65_HS1-834228961_62-HQ-83894_Serial_438
Agency: FBI
Page 40
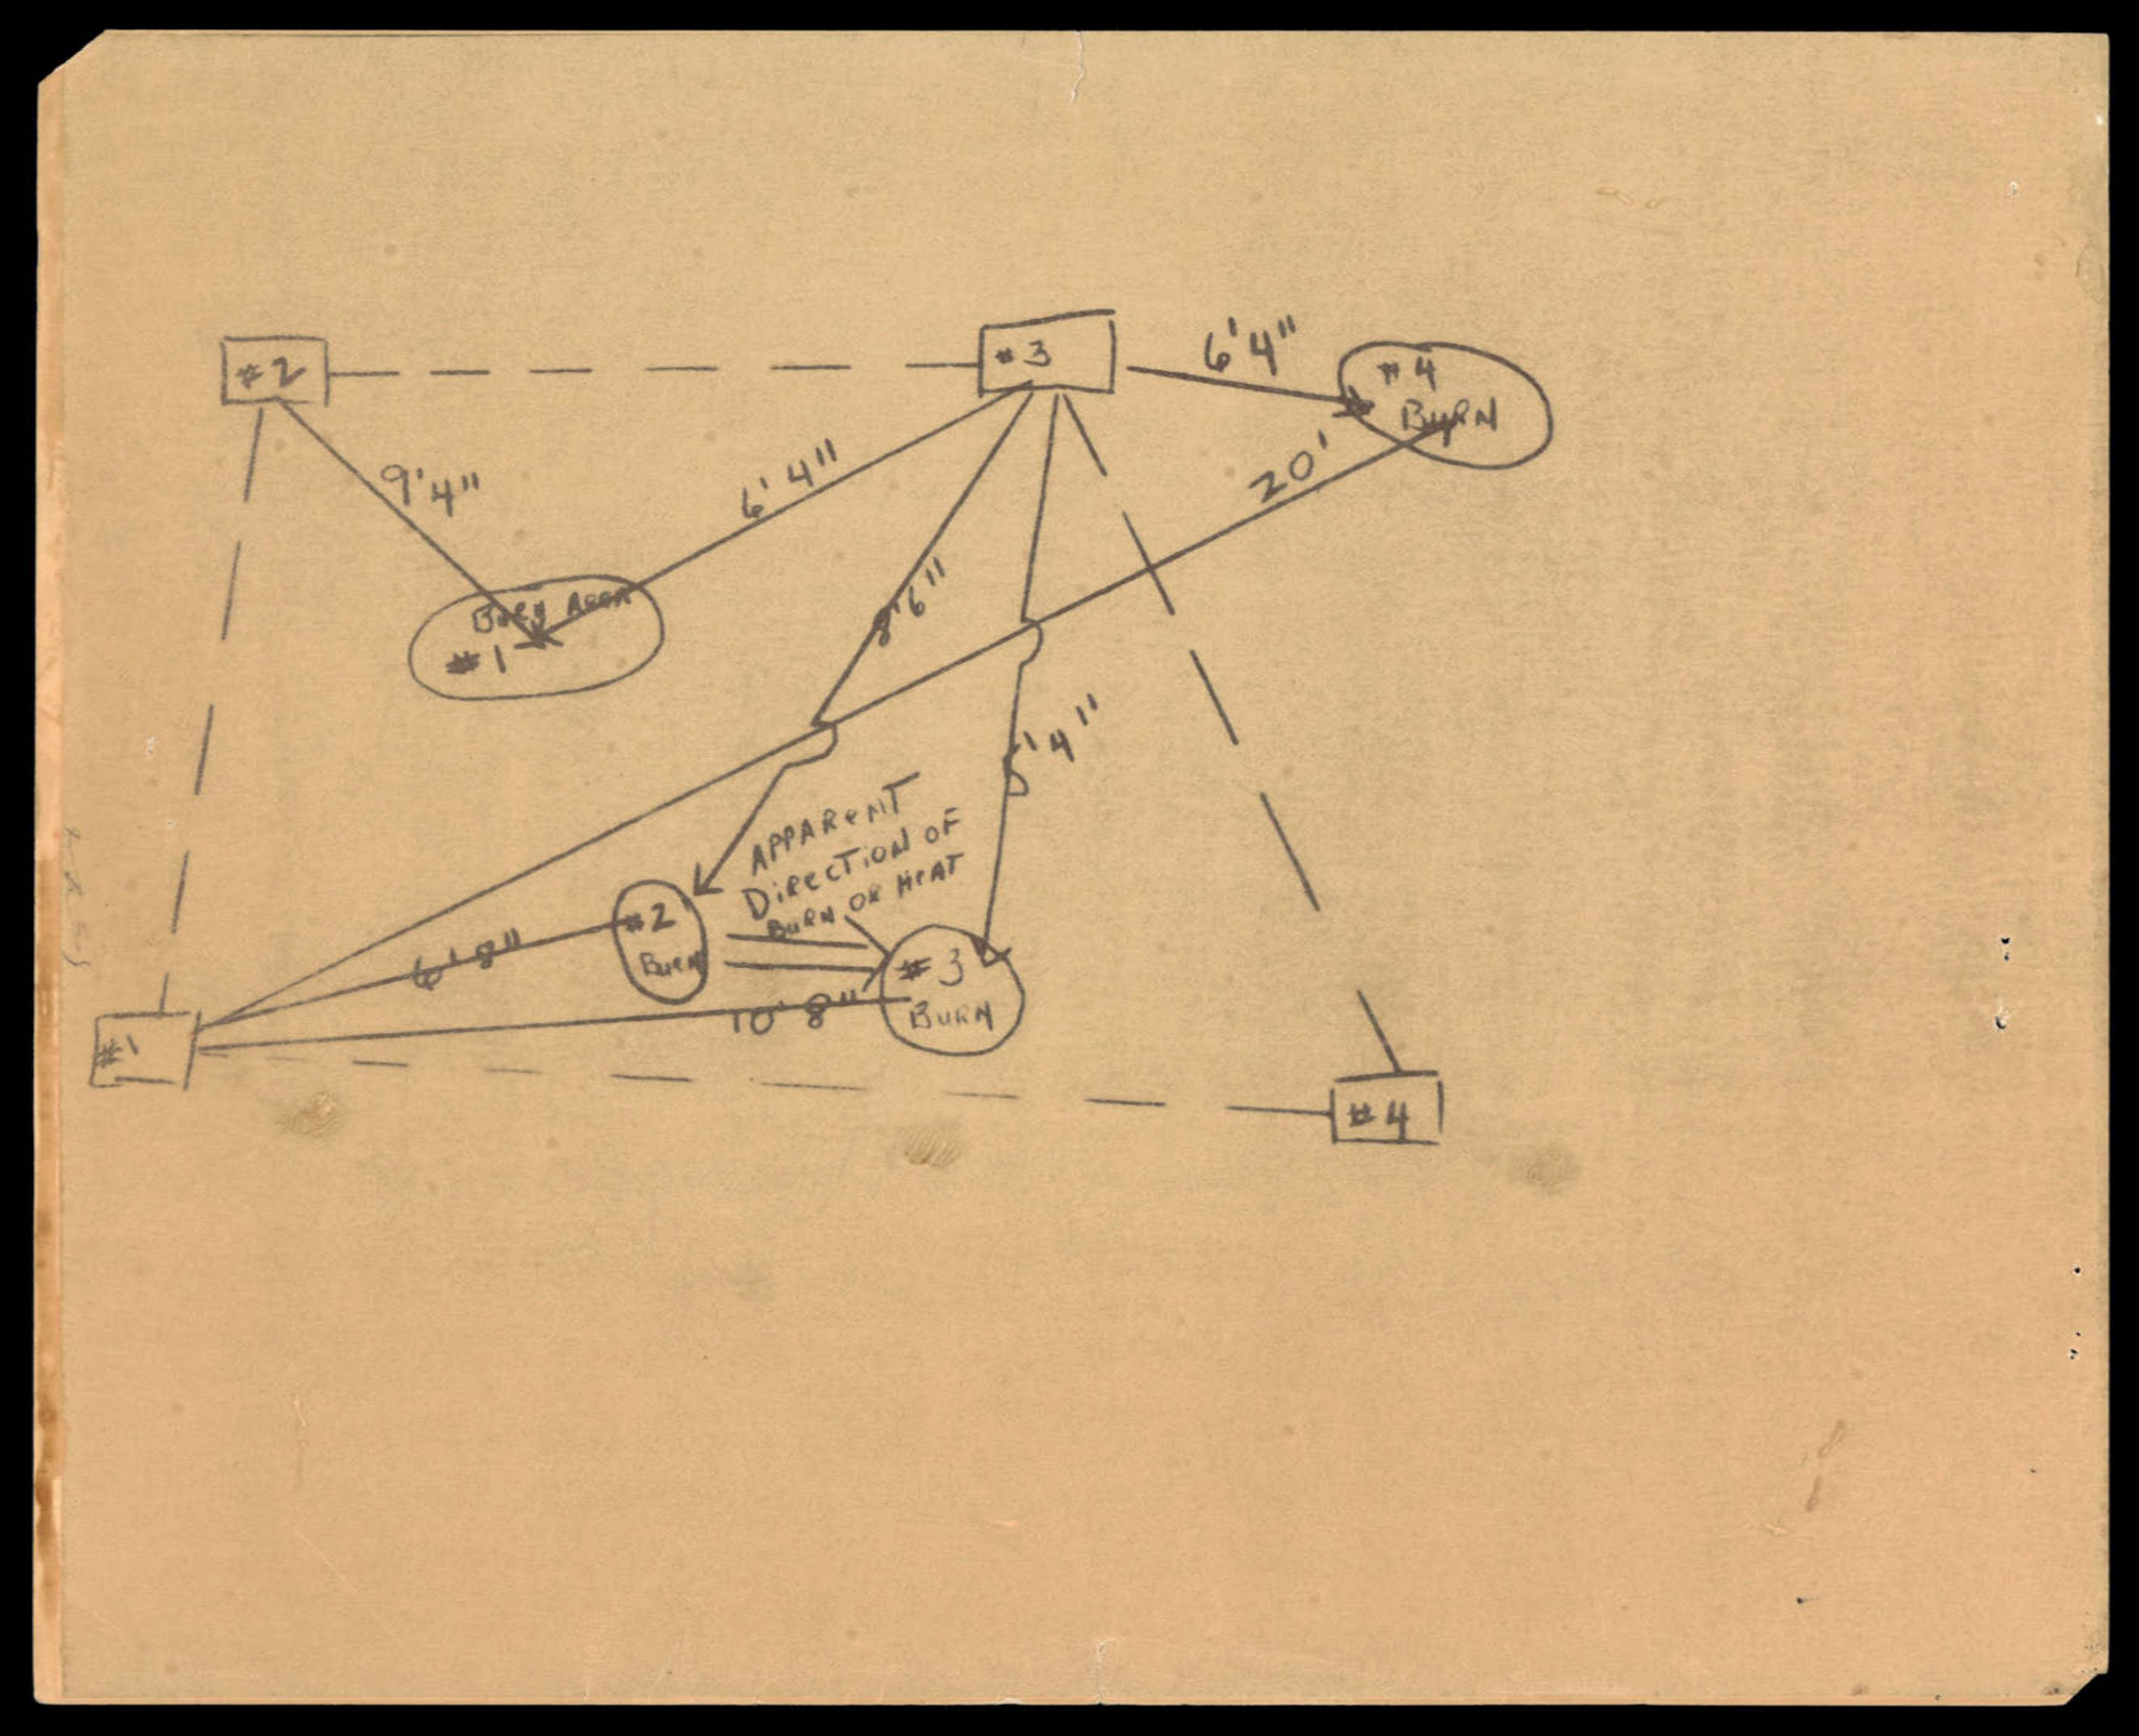